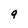
Character: 9